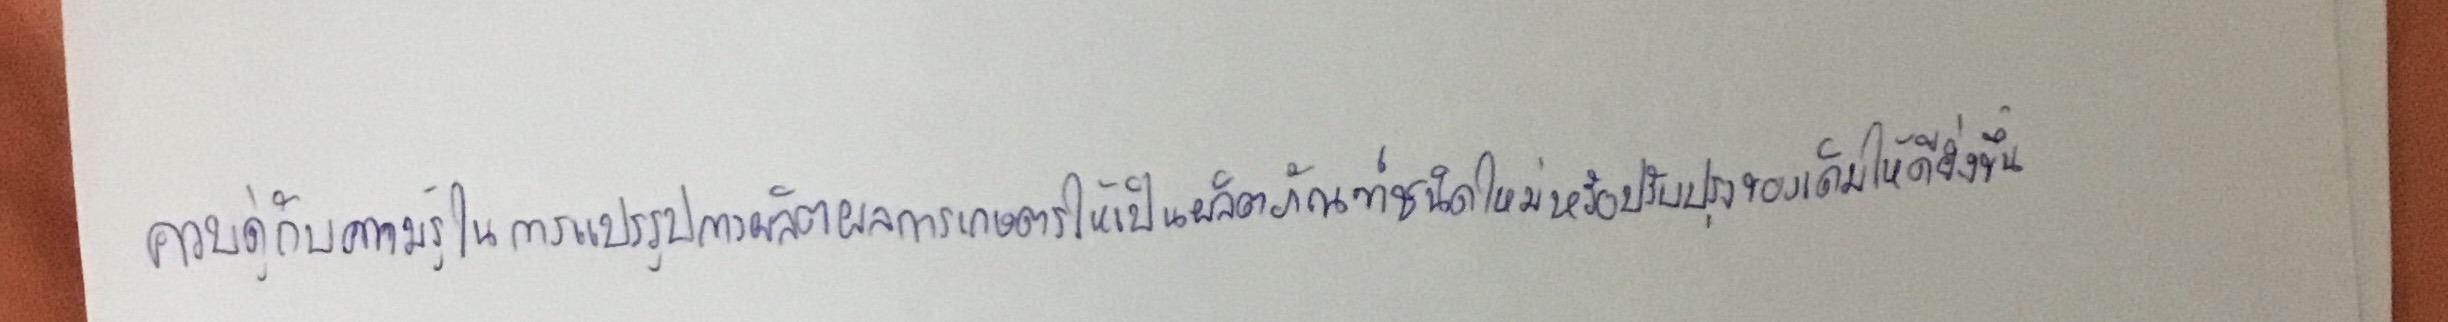
ควบคู่กับความรู้ในการแปรรูปผลิตผลการเกษตรให้เป็นผลิตภัณฑ์ชนิดใหม่หรือปรับปรุงของเดิมให้ดียิ่งขึ้น